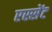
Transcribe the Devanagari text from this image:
एस्सेंट